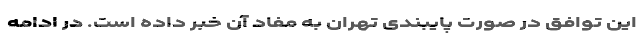
این توافق در صورت پایبندی تهران به مفاد آن خبر داده است. در ادامه